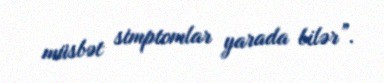
müsbət simptomlar yarada bilər”.